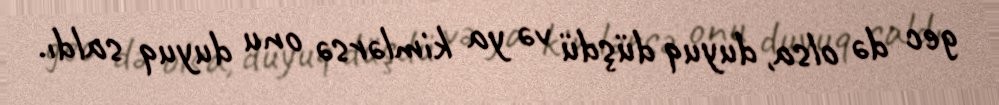
gec də olsa, duyuq düşdü və ya kimlərsə onu duyuq saldı.